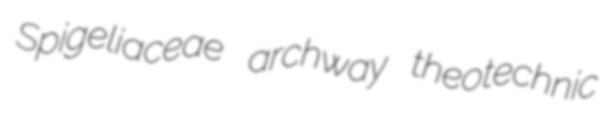
Spigeliaceae archway theotechnic